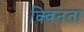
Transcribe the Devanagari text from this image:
क्विनता